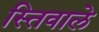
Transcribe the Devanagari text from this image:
स्तिवाले